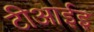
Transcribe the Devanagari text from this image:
टीआईइ